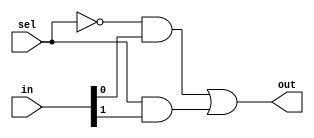
`timescale 1ns / 1ps

module Mux21 ( out , in , sel ) ;
  input [ 1 : 0 ] in ;
  input sel ;
  output out ;
  
  
  wire notSel, x, y;
  not n1(notSel, sel);
  and a1(x, notSel, in[0]);
  and a2(y, sel, in[1]);
  or  o1(out, x, y);

endmodule